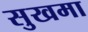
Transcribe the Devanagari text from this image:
सुखमा